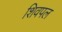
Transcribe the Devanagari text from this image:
शिवपल